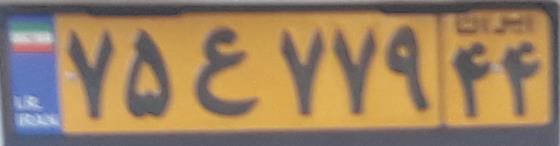
۷۵ع۷۷۹۴۴